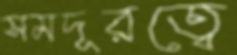
সমদূরত্বে